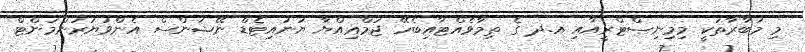
މި މުބާރާތަކީ މިމިނިސްޓްރީއާއި އ.ދ ގެ ތިމާވެއްޓާއިބެހޭ ޖަމްޢިއްޔާ ޔުނައިޓެޑް ނޭޝަންސް އެންވަޔަރަންމަންޓް